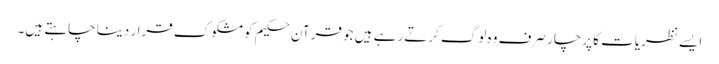
ایسے نظریات کا پرچار صرف وہ لوگ کرتے رہے ہیں جو قرآن حکیم کو مشکوک قرار دینا چاہتے ہیں۔